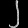
Digit: ၂